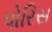
પોરિસ